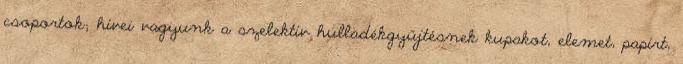
csoportok; hívei vagyunk a szelektív hulladékgyűjtésnek kupakot, elemet, papírt,